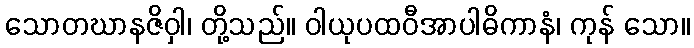
သောတဃာနဇိဝှါ၊ တို့သည်။ ဝါယုပထဝီအာပါဓိကာနံ၊ ကုန် သော။